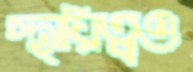
স্থায়িত্বও